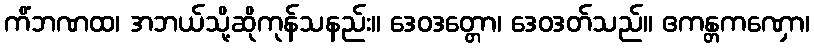
ကိံဘဏထ၊ အဘယ်သို့ဆိုကုန်သနည်း။ ဒေဝဒတ္တော၊ ဒေဝဒတ်သည်။ ဧကန္တကဏှော၊